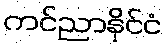
ကင်ညာနိုင်ငံ